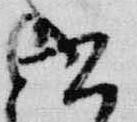
書